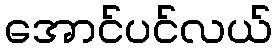
အောင်ပင်လယ်